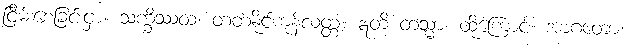
ငြိမ်းစေခြင်းငှာ။ သက္ခိဿထ၊ တတ်နိုင်ကုန်လတ္တံ့။ ဣတိ တသ္မာ၊ ထိုကြောင့်။ အာဂတော၊